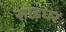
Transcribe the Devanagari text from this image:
साँड़घर